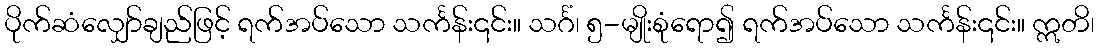
ပိုက်ဆံလျှော်ချည်ဖြင့် ရက်အပ်သော သင်္ကန်း၎င်း။ သင်္ဂံ၊ ၅-မျိုးစုံရော၍ ရက်အပ်သော သင်္ကန်း၎င်း။ ဣတိ၊